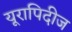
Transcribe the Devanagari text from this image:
यूरापिदीज